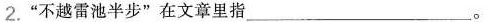
2.”不越雷池半步”在文章里指___。